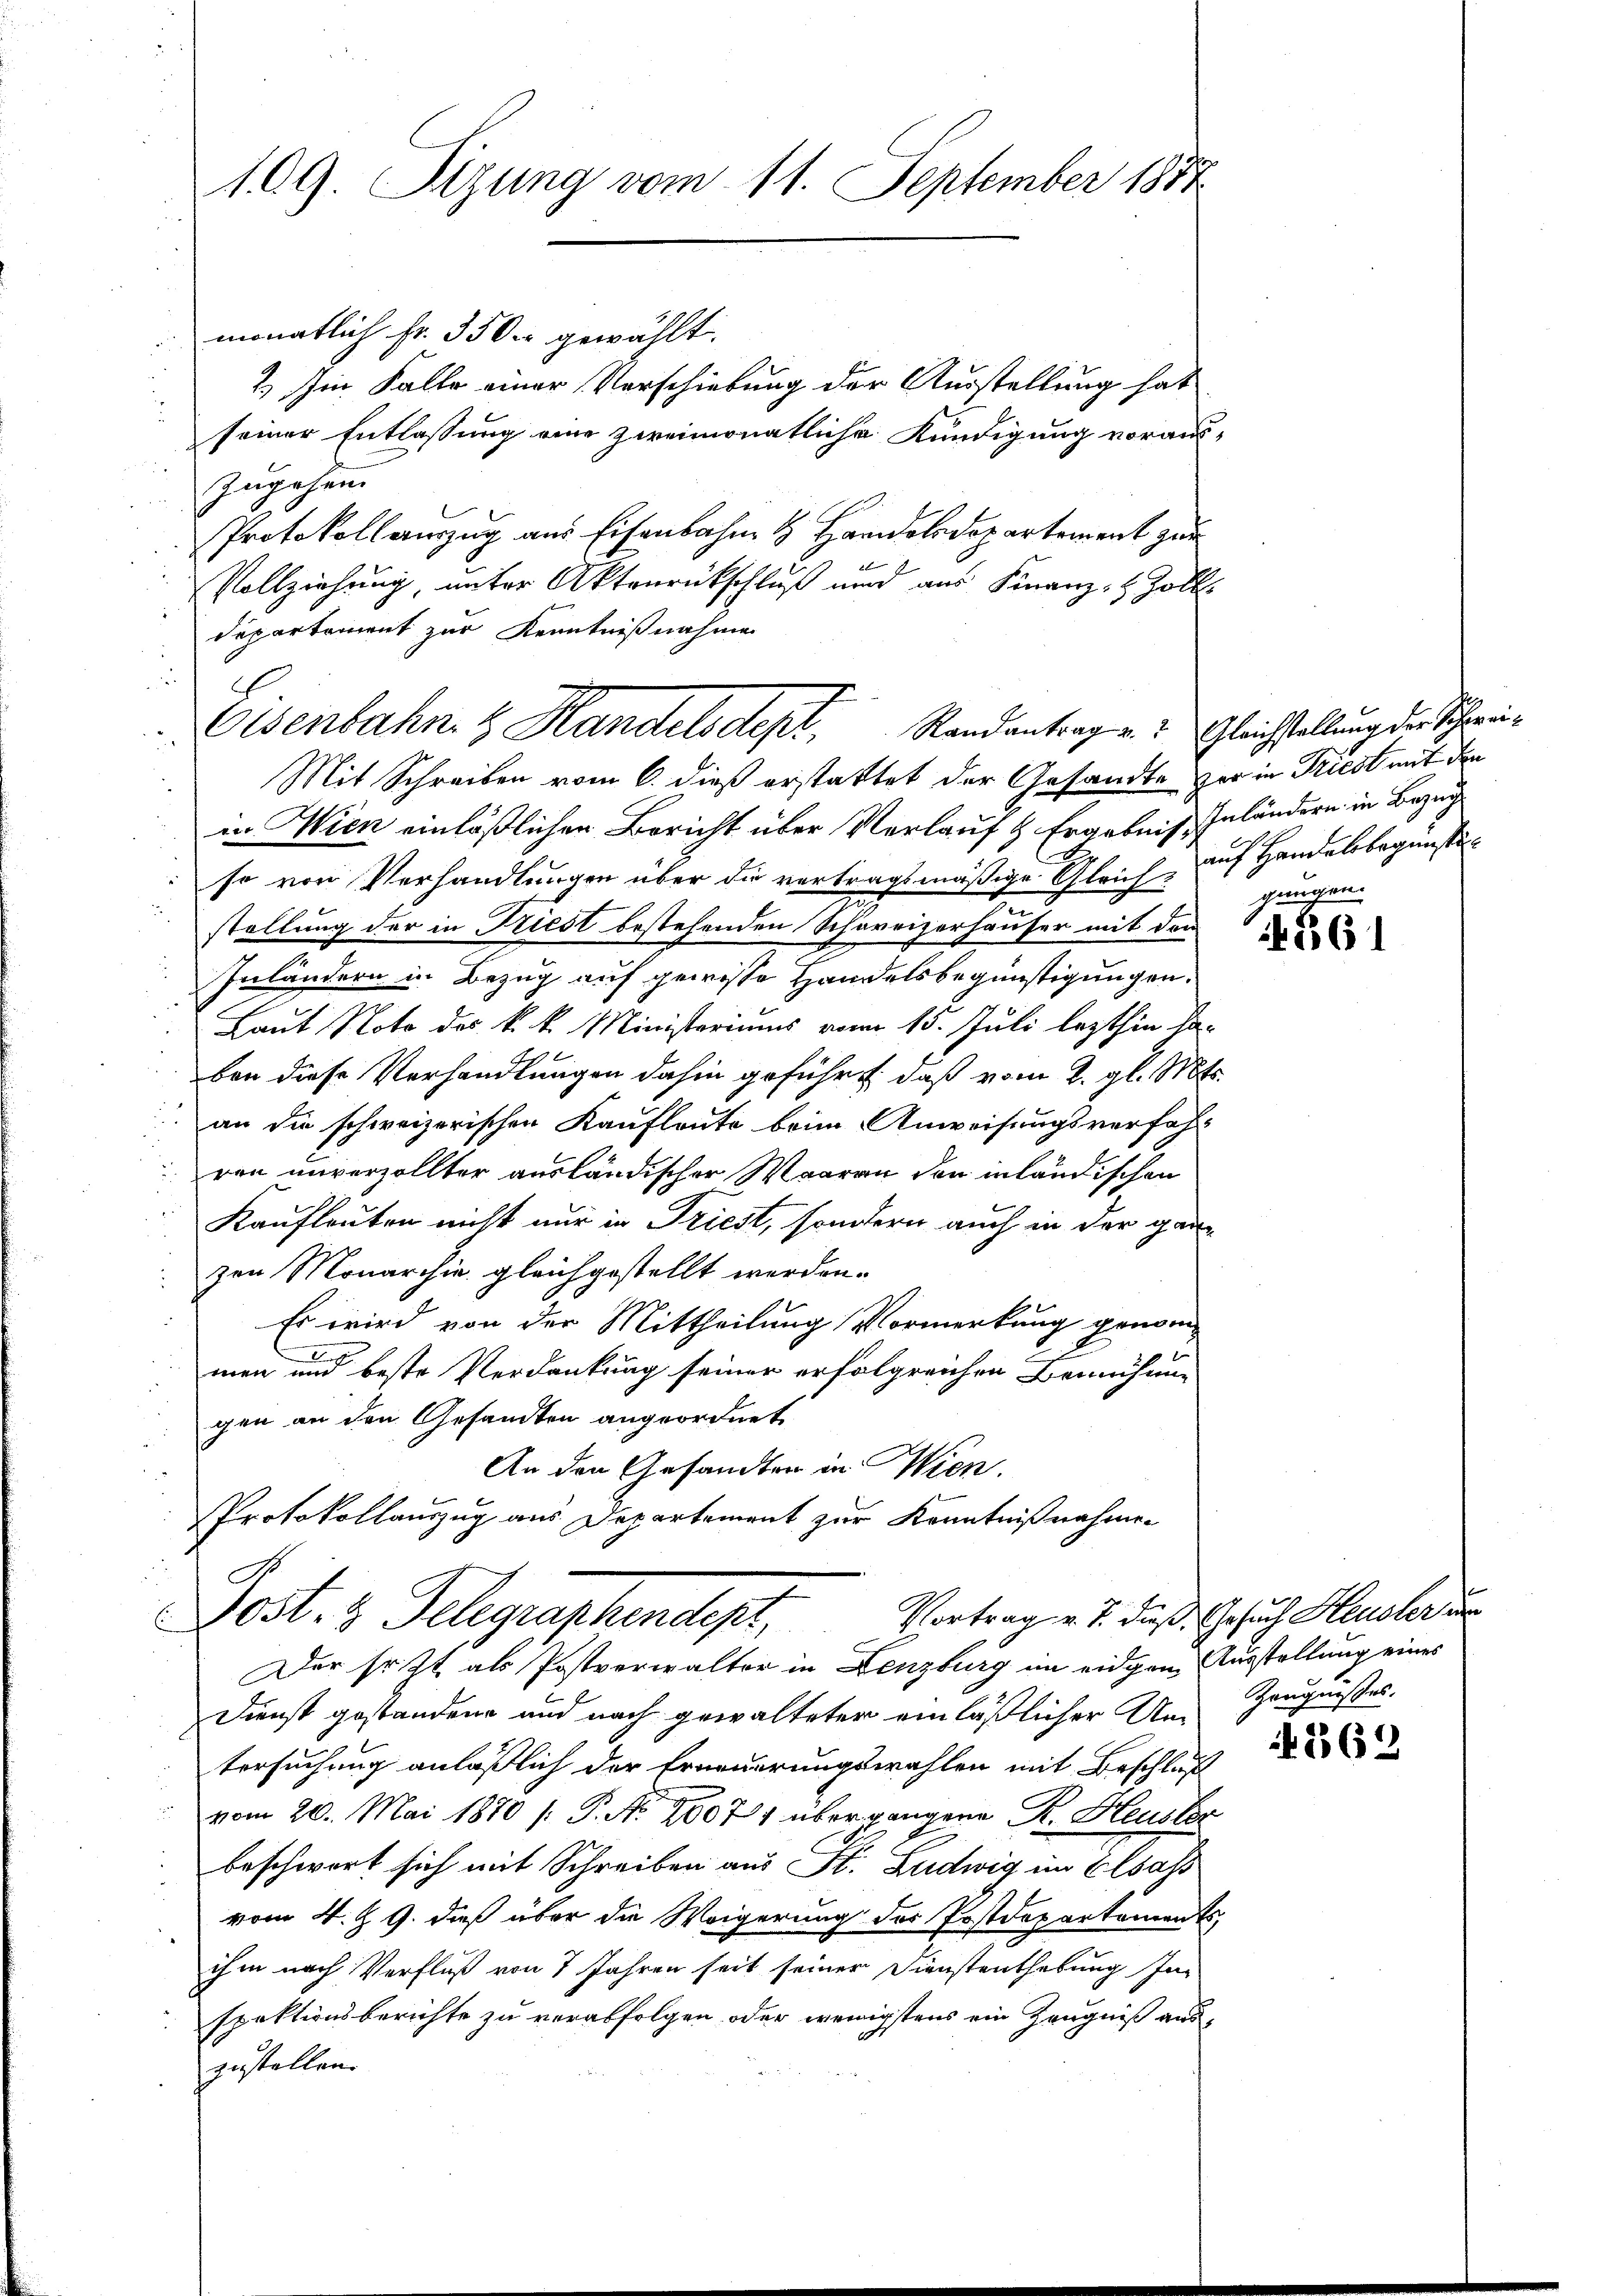
109. Sizung vom 11. September 1887

monatlich Fr. 350 r gewählt.
2.) Im Falle einer Verschiebung der Ausstellung hat
seiner Entlassung eine zweimonatliche Kündigung voraus-
s
zugehen.
Protokollauszug aus Eisenbahn & Handelsdepartement zur
x
Vollziehung, unter Aktenrückschluß und aus Finanz- & Zolls
departement zur Kenntnißnahmen

Eisenbahn. H. Handelsdept, Randantrag u. Gleichstellung der Schwei¬

Mit Schreiben vom 6. dieß erstattet der Gesandte er in Triest mit den
in Wien einläßlichen Bericht über Verlauf & Ergebnis, Inländern in Bezug
so von Verhandlungen über die vertragsmäßige Gleich, auf Handelsbegünsten
stellung der in Friest bestehenden Schareizerhäuser mit den
Inländern in Bezug auf gewisse Handelsbegünstigungen.
Laut Noto des k. k. Ministeriums vom 15. Juli lezthin haben diese Verhandlungen dahin geführt, daß vom 2. gl. Mts.
an die schweizerischen Kaufleute beim Anweisungsverfahr
ven unverzollter ausländischer Waaren den inländischen
Kaufleuten nicht nur in Triest, sondern auch in der ganzen Monarchie gleichgestellt werden.
Es wird von der Mittheilung Vormerkung genom-
e
men und beste Verdankung seiner erfolgreichen Bemühung
gen an den Gesandten angeordnet
An den Gesandten in Wien.
Protokollauszug aus Departement zur Kenntnißnahmen
Vortrag v. J. daß Gesuch Heusler un
Post. z. Telegenschendest,
Der so ist als Postverwalter in Lenzburg im eidgen Ausstellung eines
Dienst gestandene und nach gewalteter einläßlicher Umtersuchung anläßlich der Erneuerungswahlen mit Beschluß
vom 20. Mai 1870 /: P. No. 26071 übergangene Dr. Heusler
beschwert sich mit Schreiben aus St. Ludwig im Elsass
vom 4. §. 9. daß über die Weigerung des Postdepartements
ihm nach Verfluß von 7 Jahren seit seiner Dienstenthebung Im-
spektionsberichte zu verabfolgen oder wenigstens ein Zeugniß auszustellen.

gungen.

1361

Zeugnisses.
 262